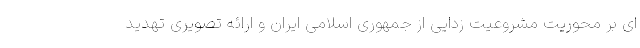
ای بر محوریت مشروعیت زدایی از جمهوری اسلامی ایران و ارائه تصویری تهدید